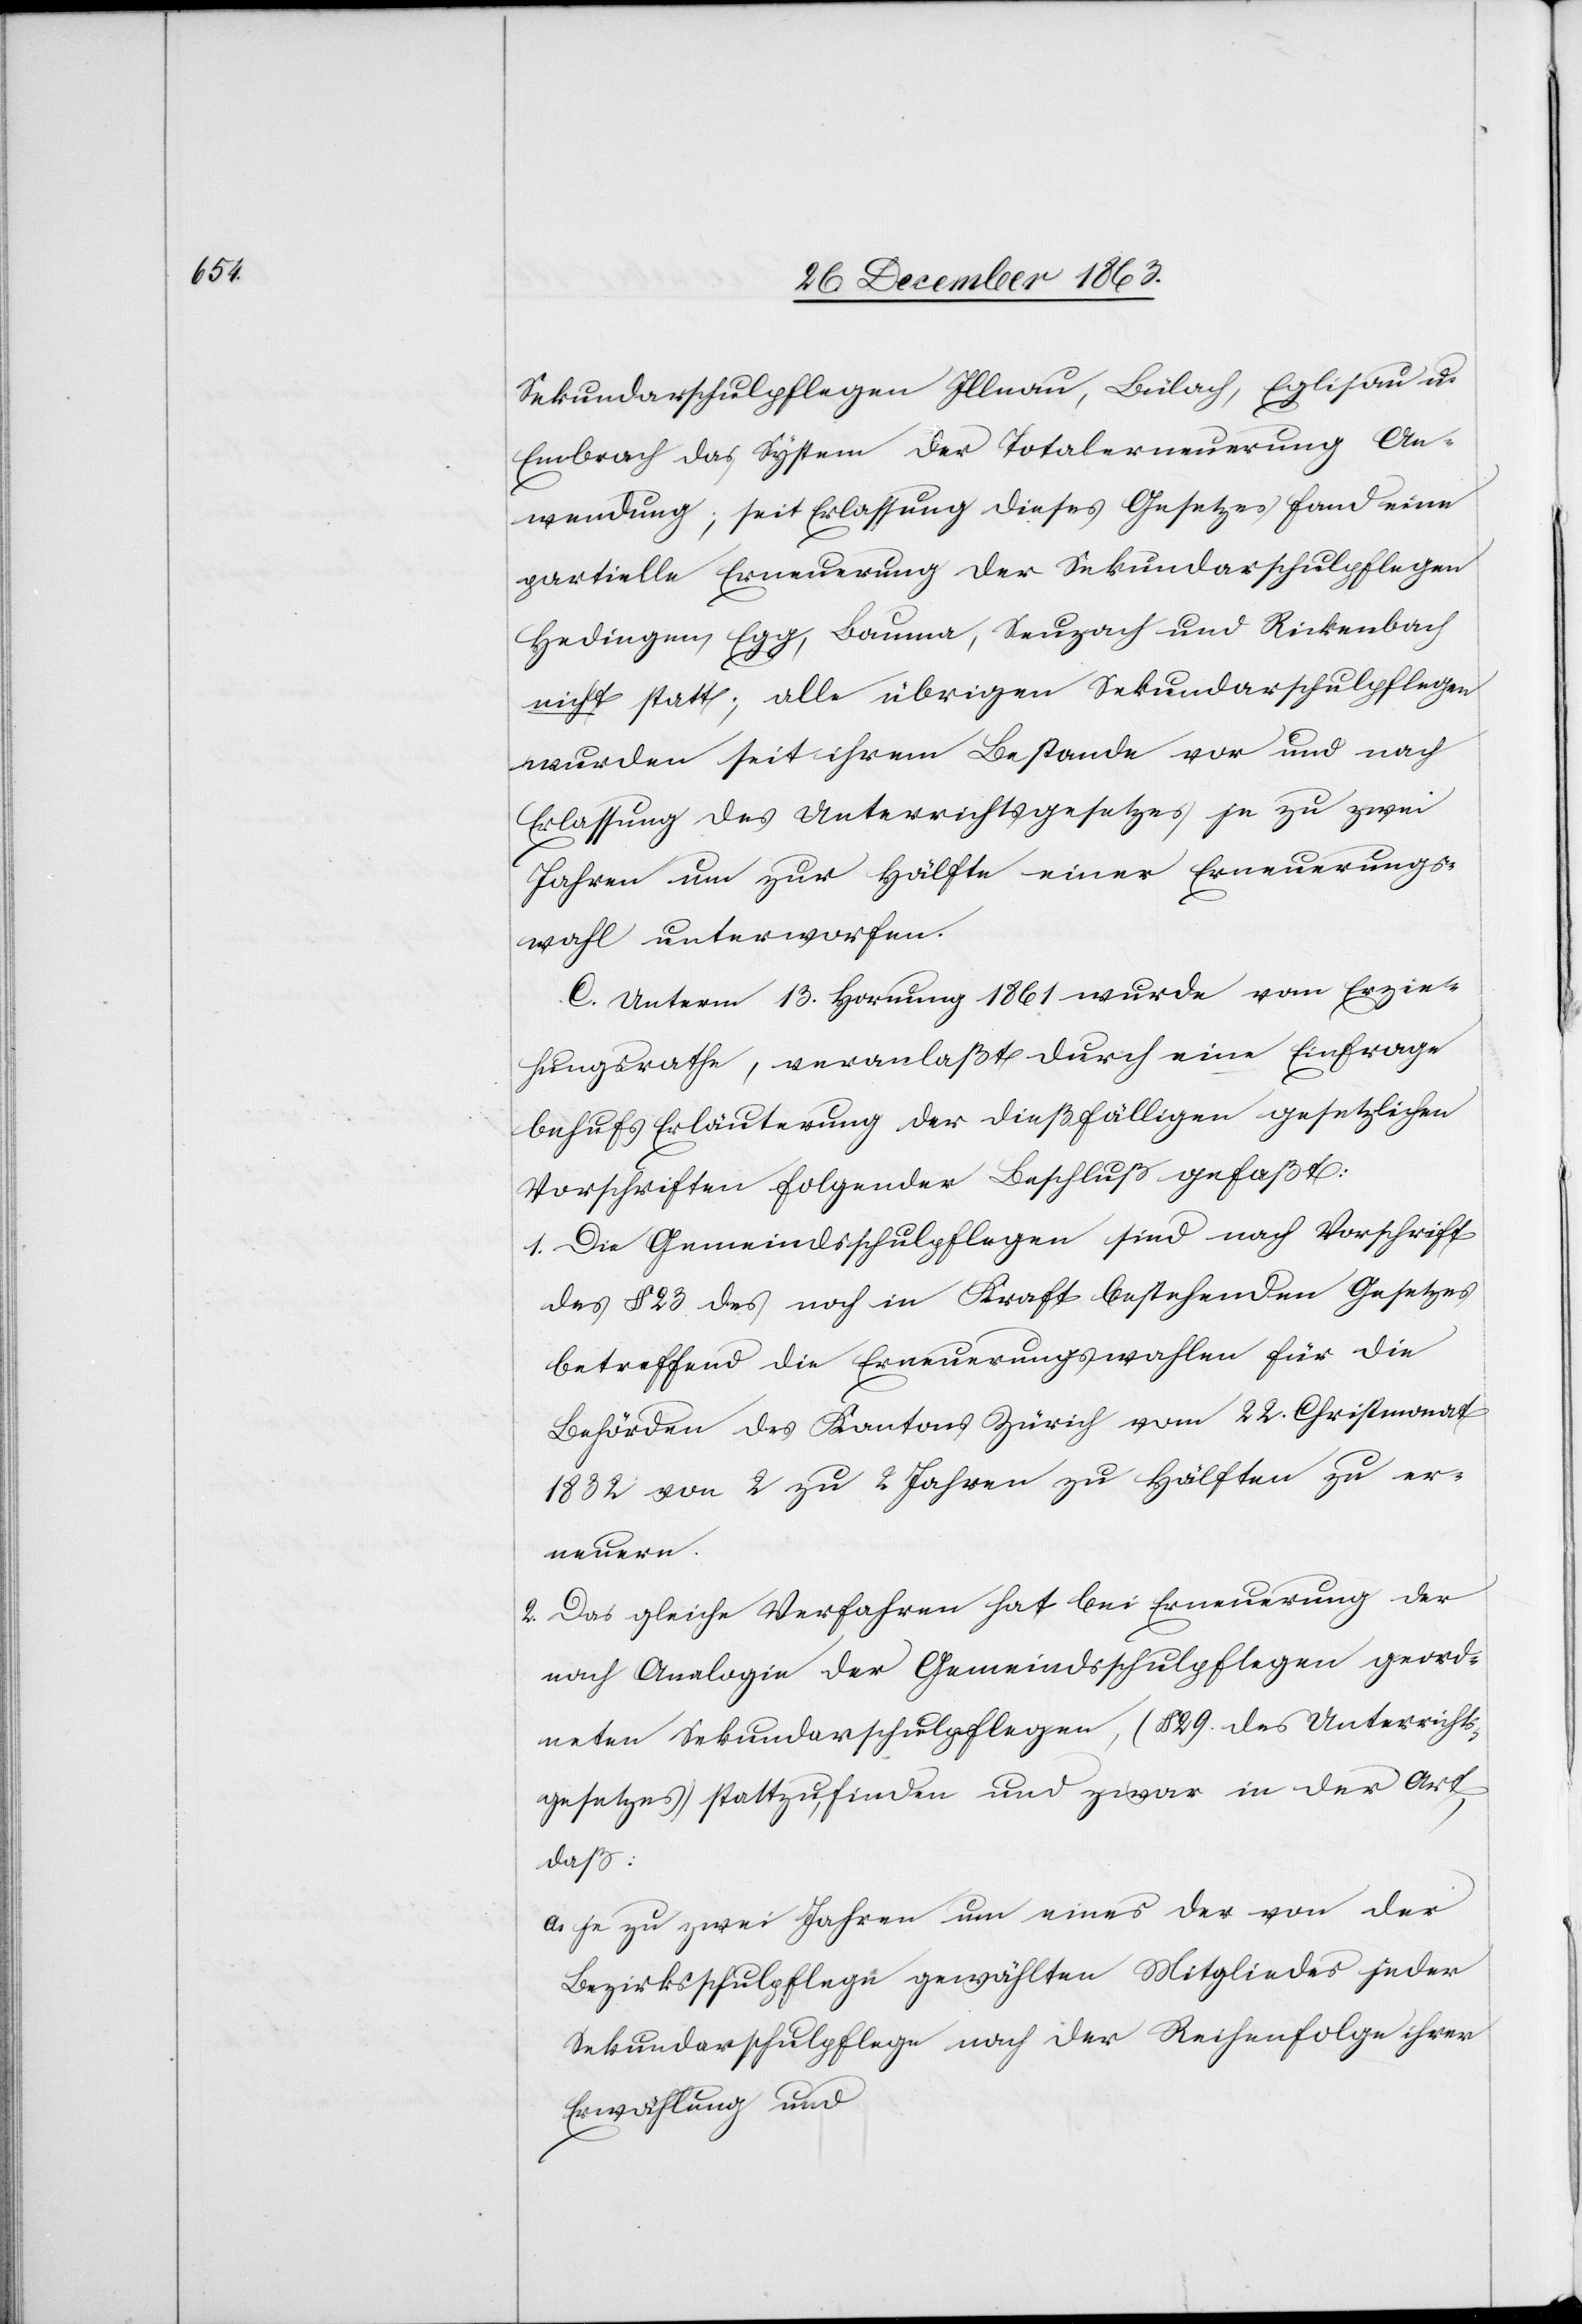
Sekundarschulpflegen Illnau, Bülach, Eglisau u.
Embrach das System der Totalerneuerung An¬
wendung; seit Erlassung dieses Gesetzes fand eine
partielle Erneuerung der Sekundarschulpflegen
Hedingen, Egg, Bauma, Seuzach und Rickenbach
nicht statt; alle übrigen Sekundarschulpflegen
wurden seit ihrem Bestande vor und nach
Erlassung des Unterrichtsgesetzes je zu zwei
Jahren um zur Hälfte einer Erneuerungs¬
wahl unterworfen.
C. Unterm 13. Hornung 1861 wurde vom Erzie¬
hungsrathe, veranlaßt durch eine Einfrage
behufs Erläuterung der dießfälligen gesetzlichen
Vorschriften folgender Beschluß gefaßt:
1. Die Gemeindsschulpflegen sind nach Vorschrift
des § 23. des noch in Kraft bestehenden Gesetzes
betreffend die Erneuerungswahlen für die
Behörden des Kantons Zürich vom 22. Christmonat
1832 von 2 zu 2 Jahren zu Hälften zu er¬
neuern.
2. Das gleiche Verfahren hat bei Erneuerung der
nach Analogie der Gemeindsschulpflegen geord¬
neten Sekundarschulpflegen, (§ 29. des Unterrichts¬
gesetzes) stattzufinden und zwar in der Art,
daß:
a. je zu zwei Jahren um eines der von der
Bezirksschulpflege gewählten Mitgliedes jeder
Sekundarschulpflege nach der Reihenfolge ihrer
Erwählung und